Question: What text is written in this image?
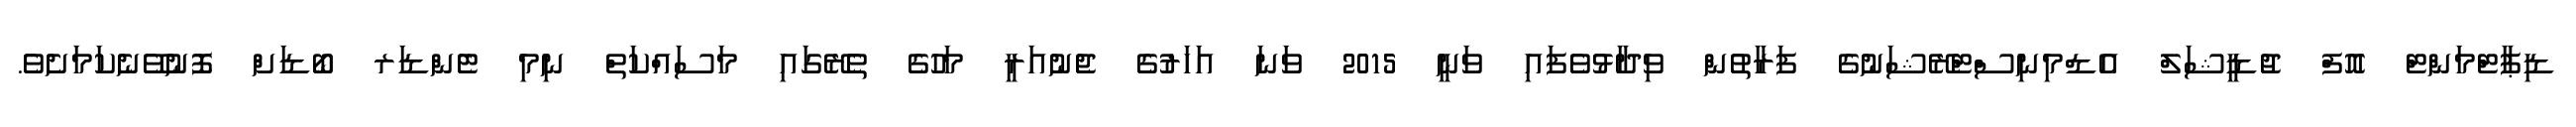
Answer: ޑިޕާޓްމަންޓް އޮފް ޖުޑީޝަލް އެޑްމިނިސްޓްރޭޝަނުގެ ފަރާތުން ވިދާޅުވެފައި ވަނީ 2015 ވަނަ އަހަރުގެ ޖެނުއަރީ މަހުގެ ތެރޭގައި މަސައްކަތް ނިމި ޓެންޑަރ ބޯޑަށް ފޮނުވޭނެކަމަށެވެ.